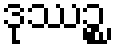
ဒုဿဉ္စ